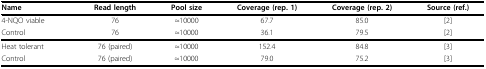
| Name | Read length | Pool size | Coverage (rep. 1) | Coverage (rep. 2) | Source (ref.) |
 | --- | --- | --- | --- | --- | --- |
 | 4-NQO viable | 76 | ≈10000 | 67.7 | 85.0 | [2] |
 | Control | 76 | ≈10000 | 36.1 | 79.5 | [2] |
 | Heat tolerant | 76 (paired) | ≈10000 | 152.4 | 84.8 | [3] |
 | Control | 76 (paired) | ≈10000 | 79.0 | 75.2 | [3] |